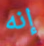
إنه